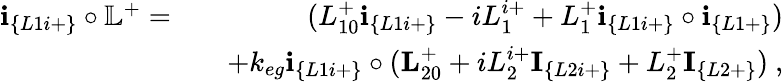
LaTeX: \begin{array}{rlr}{\textbf{i}_{\{ L1i+\} }\circ\mathbb{L}^{+}=}&{}&{(L_{10}^{+}\textbf{i}_{\{ L1i+\} }-iL_{1}^{i+}+L_{1}^{+}\textbf{i}_{\{ L1i+\} }\circ\textbf{i}_{\{ L1+\} })}\\ &{}&{+k_{eg}\textbf{i}_{\{ L1i+\} }\circ(\textbf{L}_{20}^{+}+iL_{2}^{i+}\textbf{I}_{\{ L2i+\} }+L_{2}^{+}\textbf{I}_{\{ L2+\} })~,}\end{array}